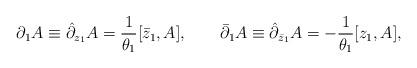
LaTeX: \begin{align*}\partial_1 A \equiv \hat\partial_{z_1} A = {1\over \theta_1} [\bar z_1, A],\qquad \bar\partial_1 A \equiv \hat\partial_{\bar z_1} A= - {1\over \theta_1} [z_1, A],\end{align*}